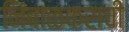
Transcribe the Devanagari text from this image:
निंबाळकराची